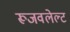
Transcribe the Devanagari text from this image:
रूजवलेल्ट